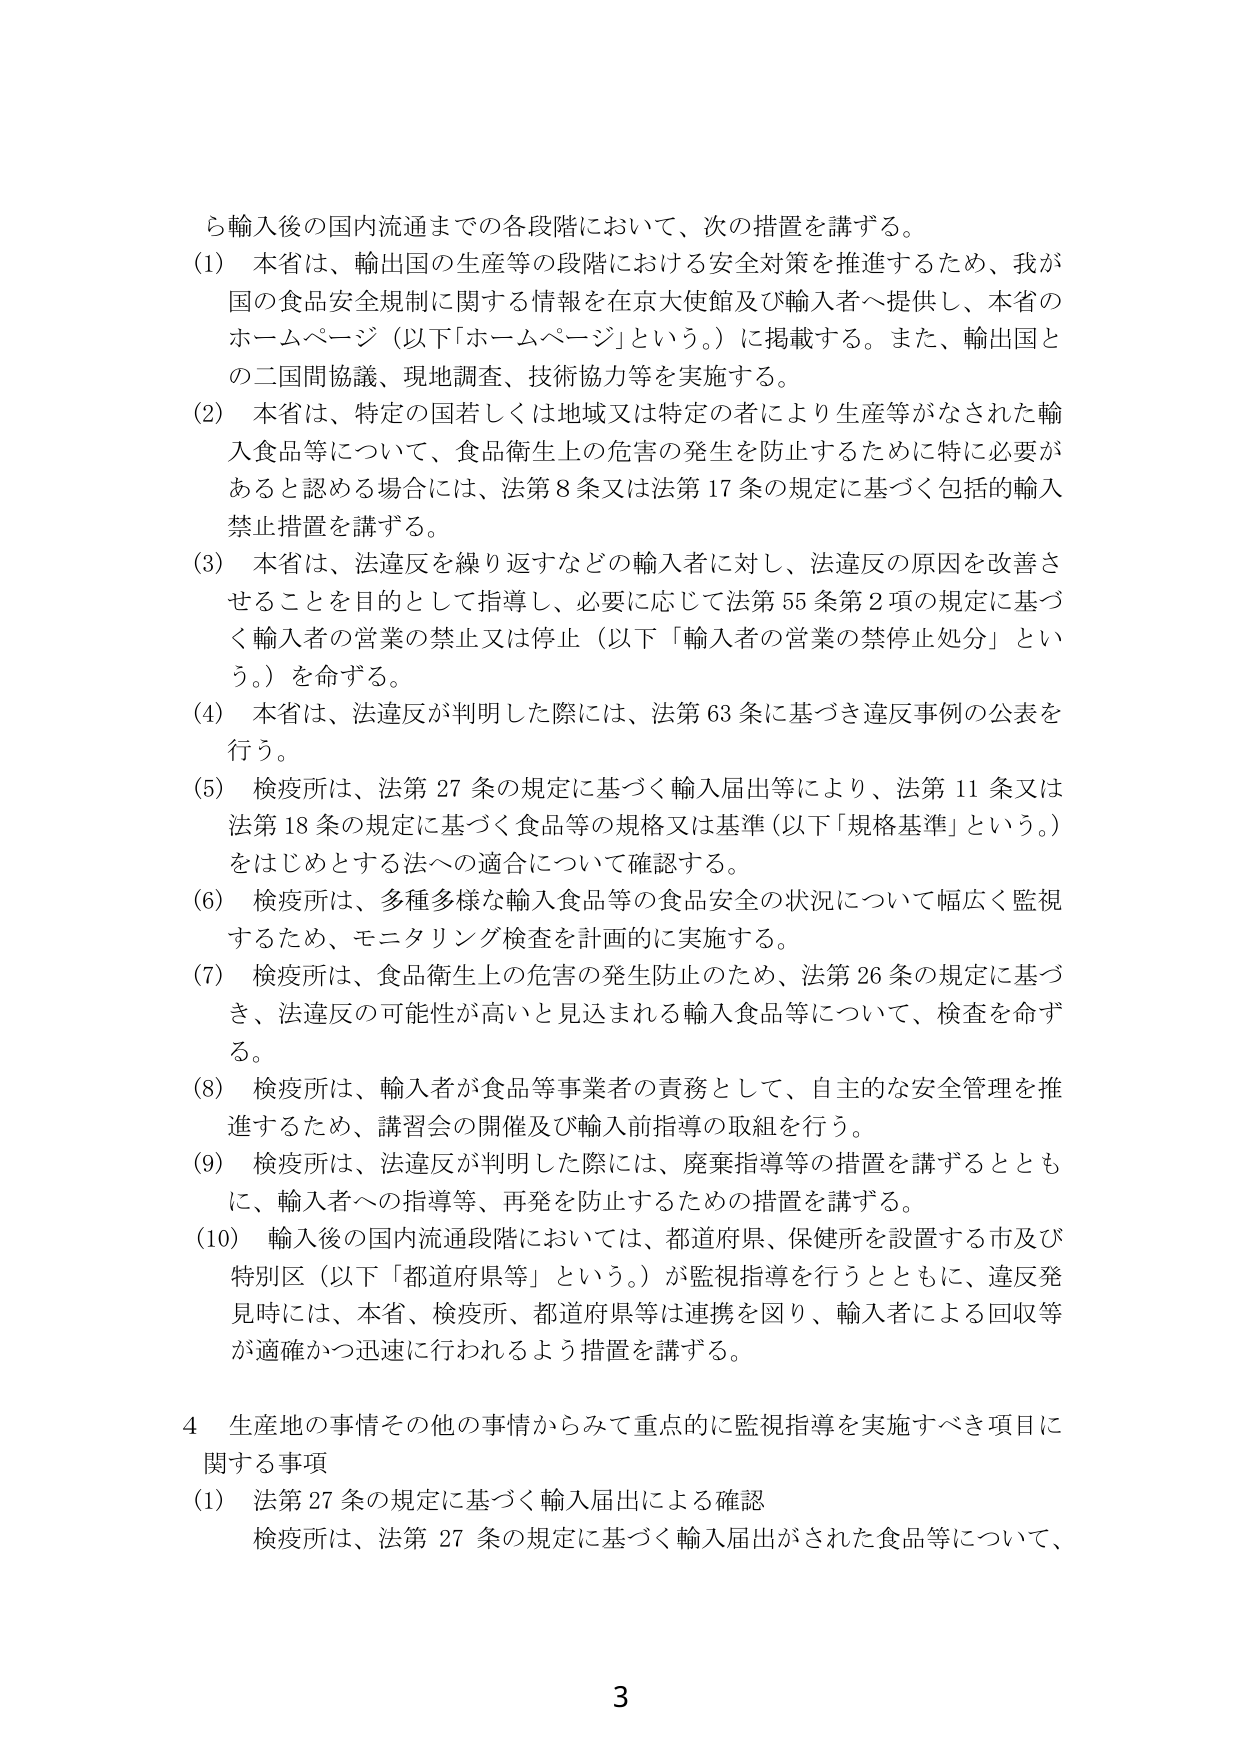
ら輸入後の国内流通までの各段階において、次の措置を講ずる。

(1) 本省は、輸出国の生産等の段階における安全対策を推進するため、我が国の食品安全規制に関する情報を在京大使館及び輸入者へ提供し、本省のホームページ（以下「ホームページ」という。）に掲載する。また、輸出国との二国間協議、現地調査、技術協力等を実施する。

(2) 本省は、特定の国若しくは地域又は特定の者により生産等がなされた輸入食品等について、食品衛生上の危害の発生を防止するために特に必要があると認める場合には、法第8条又は法第17条の規定に基づく包括的輸入禁止措置を講ずる。

(3) 本省は、法違反を繰り返すなどの輸入者に対し、法違反の原因を改善させることを目的として指導し、必要に応じて法第55条第2項の規定に基づく輸入者の営業の禁止又は停止（以下「輸入者の営業の禁停止処分」という。）を命ずる。

(4) 本省は、法違反が判明した際には、法第63条に基づき違反事例の公表を行う。

(5) 検疫所は、法第27条の規定に基づく輸入届出等により、法第11条又は法第18条の規定に基づく食品等の規格又は基準（以下「規格基準」という。）をはじめとする法への適合について確認する。

(6) 検疫所は、多種多様な輸入食品等の食品安全の状況について幅広く監視するため、モニタリング検査を計画的に実施する。

(7) 検疫所は、食品衛生上の危害の発生防止のため、法第26条の規定に基づき、法違反の可能性が高いと見込まれる輸入食品等について、検査を命ずる。

(8) 検疫所は、輸入者が食品等事業者の責務として、自主的な安全管理を推進するため、講習会の開催及び輸入前指導の取組を行う。

(9) 検疫所は、法違反が判明した際には、廃棄指導等の措置を講ずるとともに、輸入者への指導等、再発を防止するための措置を講ずる。

(10) 輸入後の国内流通段階においては、都道府県、保健所を設置する市及び特別区（以下「都道府県等」という。）が監視指導を行うとともに、違反発見時には、本省、検疫所、都道府県等は連携を図り、輸入者による回収等が適確かつ迅速に行われるよう措置を講ずる。

4 生産地の事情その他の事情からみて重点的に監視指導を実施すべき項目に関する事項

(1) 法第27条の規定に基づく輸入届出による確認
検疫所は、法第27条の規定に基づく輸入届出がされた食品等について、

3